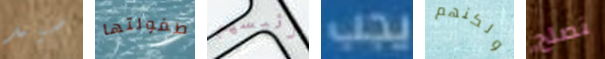
سيد طفولتها رئيسهم يجب ولكنهم نصلح